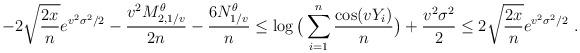
LaTeX: \begin{align*}- 2\sqrt{\frac{2x}{n}}e^{v^2\sigma^2/2} - \frac{v^2M_{2,1/v}^{\theta}}{2n} - \frac{6N_{1/v}^{\theta}}{n} \leq \log\big(\sum_{i=1}^n \frac{\cos(vY_i)}{n}\big) + \frac{v^2\sigma^2}{2} \leq 2\sqrt{\frac{2x}{n}}e^{v^2\sigma^2/2} \ .\end{align*}